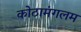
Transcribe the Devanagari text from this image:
कोठामंगलम